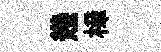
幾樟